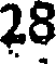
28